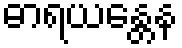
ဓာရယန္တေန